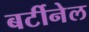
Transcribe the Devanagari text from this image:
बर्टीनेल